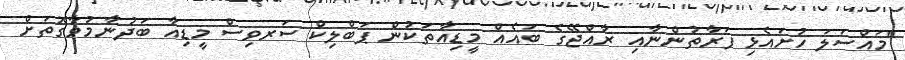
"މައްސަލަ ހުށައެޅި ފަރާތުންނާއި ރާއްޖޭގެ ބައެއް މީޑިއާތަކުން ޕަބްލިކް ސަރވިސް މީޑިއާ ބަދުނާމުވާގޮތަށް